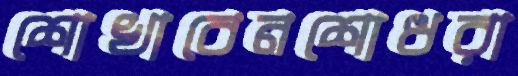
শোখাবেনশোধরা